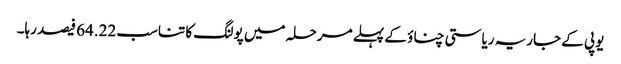
یوپی کے جاریہ ریاستی چناؤ کے پہلے مرحلہ میں پولنگ کا تناسب 64.22 فیصد رہا۔